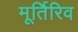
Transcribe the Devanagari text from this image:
मूर्तिरिव